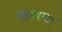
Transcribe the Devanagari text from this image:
मल्लपा